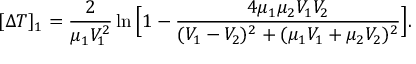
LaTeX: [ \Delta T ] _ { 1 } = { \frac { 2 } { \mu _ { 1 } V _ { 1 } ^ { 2 } } } \ln \Big [ 1 - { \frac { 4 \mu _ { 1 } \mu _ { 2 } V _ { 1 } V _ { 2 } } { ( V _ { 1 } - V _ { 2 } ) ^ { 2 } + ( \mu _ { 1 } V _ { 1 } + \mu _ { 2 } V _ { 2 } ) ^ { 2 } } } \Big ] .